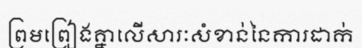
ព្រមព្រៀងគ្នាលើសារៈសំខាន់នៃការដាក់